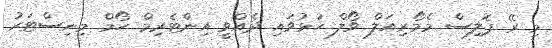
މި ރޭ ޕޮލިސް މެމޯރިއަލް ވޯލް ހުޅުވައި ދެއްވީ އިންޓެރިމް ހޯމް މިނިސްޓަރު